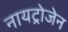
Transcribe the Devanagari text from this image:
नायट्रोजेन